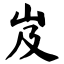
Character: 岌